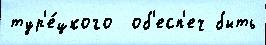
тур'е́цкого  об'есп'еч быть